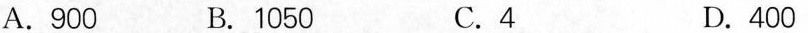
A.900 B.1050 C.4 D.400